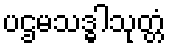
ပဌမသဒ္ဓါသုတ္တံ